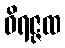
ဝိရဇ္ဇထ